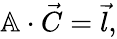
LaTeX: \begin{array}{r}{\mathbb{A}\cdot\vec{C}=\vec{l},}\end{array}